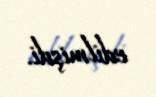
edilmişdi.